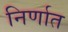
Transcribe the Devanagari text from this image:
निर्णात